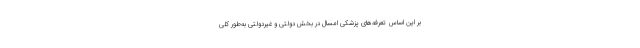
بر این اساس تعرفه‌های پزشکی امسال در بخش دولتی و غیردولتی به‌طور کلی